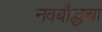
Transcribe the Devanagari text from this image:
नवबौद्धचा